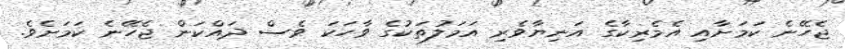
ޖެހޭނެ ކަމަށާއި އެމެރިކާގެ އަނިޔާވެރި އަމަލުތަކުގެ ވާހަކަ ވެސް ދައްކަން ޖެހޭނެ ކަމަށެވެ.